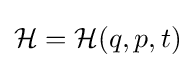
{\mathcal {H}}={\mathcal {H}}(q,p,t)